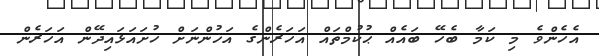
އެހެންވެ މި ކަމާ ބެހޭ ބައެއް ޙުކުމްތައް އަހަރެންގެ އަޚުންނަށް ހުށައަޅައިދޭން އަހަރެން